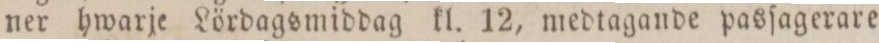
ner hwarje Lördagsmiddag kl. 12, medtagande pasſagerare